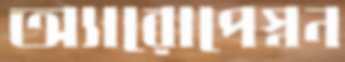
অ্যারোপেস্নন